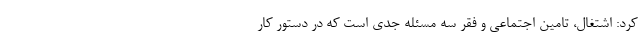
کرد: اشتغال، تامین اجتماعی و فقر سه مسئله جدی است که در دستور کار